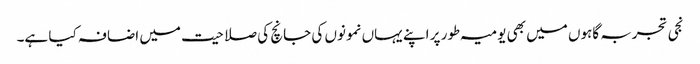
نجی تجربہ گاہوں میں بھی یومیہ طور پر اپنے یہاں نمونوں کی جانچ کی صلاحیت میں اضافہ کیا ہے۔